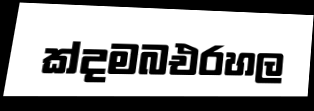
ක්දමබඑරහල